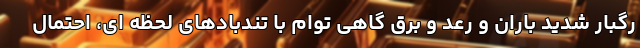
رگبار شدید باران و رعد و برق گاهی توام با تندبادهای لحظه ای، احتمال